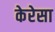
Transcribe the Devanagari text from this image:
केरेसा